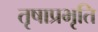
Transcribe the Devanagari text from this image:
तृषाप्रभृति